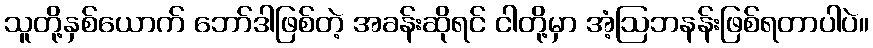
သူတို့နှစ်ယောက် ဘော်ဒါဖြစ်တဲ့ အခန်းဆိုရင် ငါတို့မှာ အံ့ဩဘနန်းဖြစ်ရတာပါပဲ။